Mental hospitals Bombay report 1929-33 - 1929-1933
Year: 1929
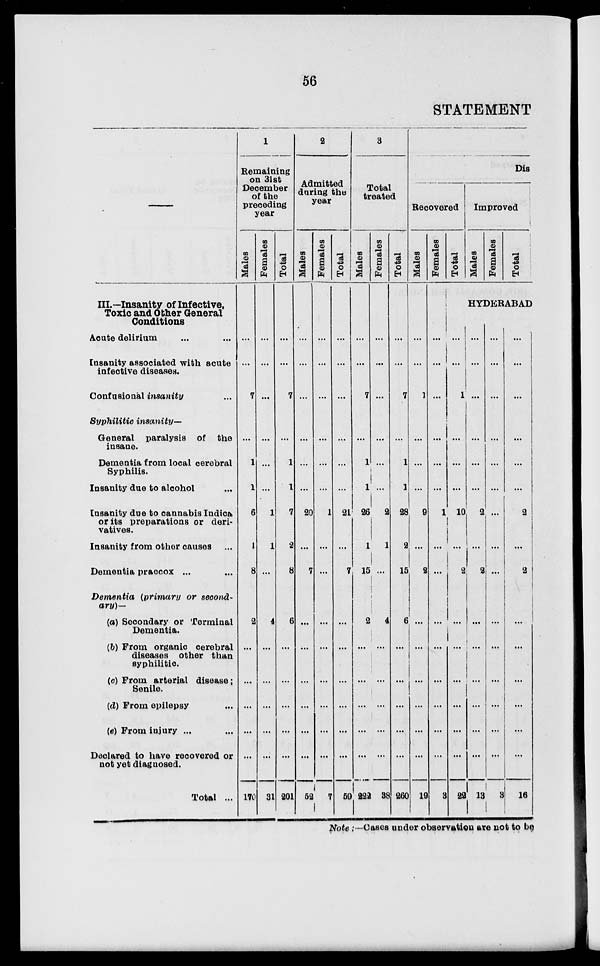
56
STATEMENT
III.—Insanity of Infective,
Toxic and Other General
Conditions
Acute delirium ... ...
Insanity associated with acute
infective diseases.
Confusional insanity ...
Syphilitic insanity—
General paralysis of the
insane.
Dementia from local cerebral
Syphilis.
Insanity due to alcohol ...
Insanity due to cannabis Indica
or its preparations or deri-
vatives.
Insanity from other causes ...
Dementia praecox ... ...
Dementia (primary or second-
ary)—
(a) Secondary or Terminal
Dementia.
(b) From organic cerebral
diseases other than
syphilitic.
(c) From arterial disease ;
Senile.
(d) From epilepsy ...
(e) From injury ... ...
Declared to have recovered or
not yet diagnosed.
Total ...
1
Remaining
on 31st
December
of the
preceding
year
Males
...
...
7
...
1
1
6
1
8
2
...
...
...
...
...
170
Females
...
...
...
...
...
...
1
1
...
4
...
...
...
...
...
31
Total
...
...
7
...
1
1
7
2
8
6
...
...
...
...
...
201
2
Admitted
during the
year
Males
...
...
...
...
...
...
20
...
7
...
...
...
...
...
...
52
Females
...
...
...
...
...
...
1
...
...
...
...
...
...
...
...
7
Total
...
...
...
...
...
...
21
...
7
...
...
...
...
...
...
59
3
Total
treated
Males
...
...
7
...
1
1
26
1
15
2
...
...
...
...
...
222
Females
...
...
...
...
...
...
2
1
...
4
...
...
...
...
...
38
Total
...
...
7
...
1
1
28
2
15
6
...
...
...
...
...
260
Dis
Recovered
Males
...
...
1
...
...
...
9
...
2
...
...
...
...
...
...
19
Females
...
...
...
...
...
...
1
...
...
...
...
...
...
...
...
3
Total
...
...
1
...
...
...
10
...
2
...
...
...
...
...
...
22
Improved
Males
Females
Total
HYDERABAD
...
...
...
...
...
...
2
...
2
...
...
...
...
...
...
13
...
...
...
...
...
...
...
...
...
...
...
...
...
...
...
3
...
...
...
...
...
...
2
...
2
...
...
...
...
...
...
16
Note :—Cases under observation are not to be